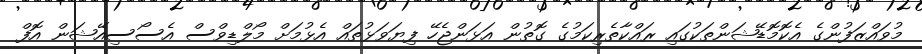
މުވައްޒަފުންގެ އެކޮމޮޑޭޝަންތަކުގައި ރައްކާތެރިކަމުގެ ގޮތުން އަޅަންޖެހޭ ފިޔަވަޅުތައް އެޅުމަށް މޯލްޑިވްސް އެސޯސިއޭޝަން އޮފް